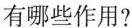
有哪些作用?